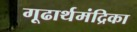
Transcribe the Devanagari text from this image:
गूढार्थमंद्रिका